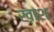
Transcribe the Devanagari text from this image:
ख़ाश